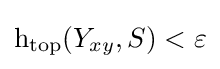
\operatorname {h_{top}} (Y_{xy},S)<\varepsilon